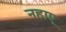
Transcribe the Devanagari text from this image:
नहाए